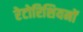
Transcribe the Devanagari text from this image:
रेटोरिशियनों